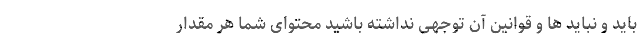
باید و نباید ها و قوانین آن توجهی نداشته باشید محتوای شما هر مقدار